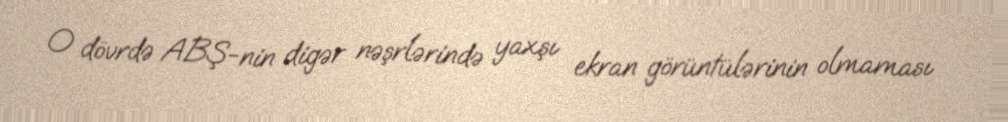
O dövrdə ABŞ-nin digər nəşrlərində yaxşı ekran görüntülərinin olmaması